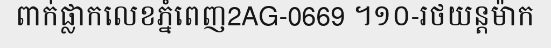
ពាក់ផ្លាកលេខភ្នំពេញ2AG-0669 ។១០-រថយន្តម៉ាក